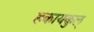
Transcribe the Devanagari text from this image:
हकायकुल्